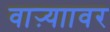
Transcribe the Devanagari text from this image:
वाऱ्याावर